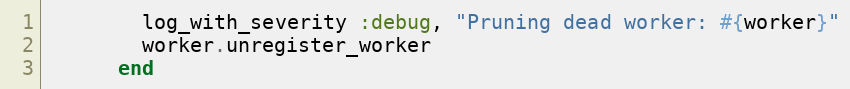
Language: Ruby
        log_with_severity :debug, "Pruning dead worker: #{worker}"
        worker.unregister_worker
      end